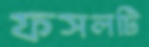
ফসলটি